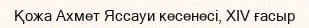
Қожа Ахмет Яссауи кесенесі, XIV ғасыр